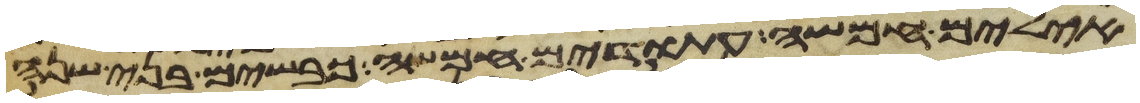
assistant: אילים חמשה עתודים חמשה כבשים בני שנה